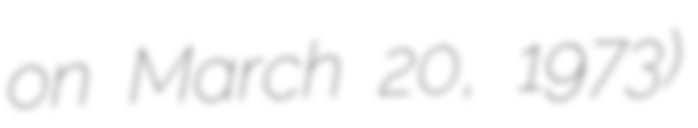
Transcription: on March 20, 1973)